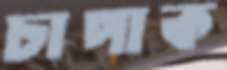
চাপাক